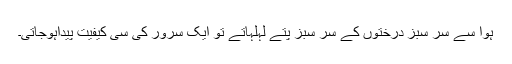
ہوا سے سر سبز درختوں کے سر سبز پتے لہلہاتے تو ایک سرور کی سی کیفیت پیداہوجاتی۔